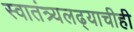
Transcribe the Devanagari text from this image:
स्वातंत्र्यलढ्याचीही